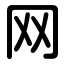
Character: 网